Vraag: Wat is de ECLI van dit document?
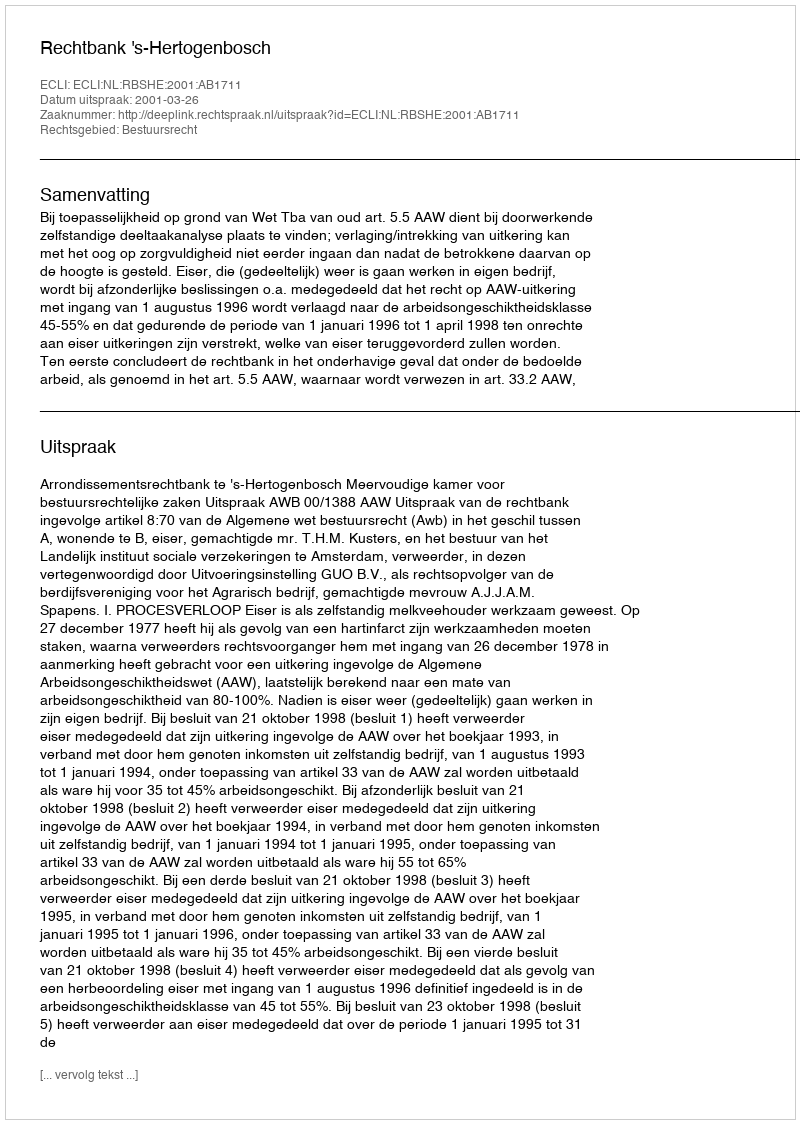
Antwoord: ECLI:NL:RBSHE:2001:AB1711